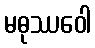
မဓုဿဝေါ